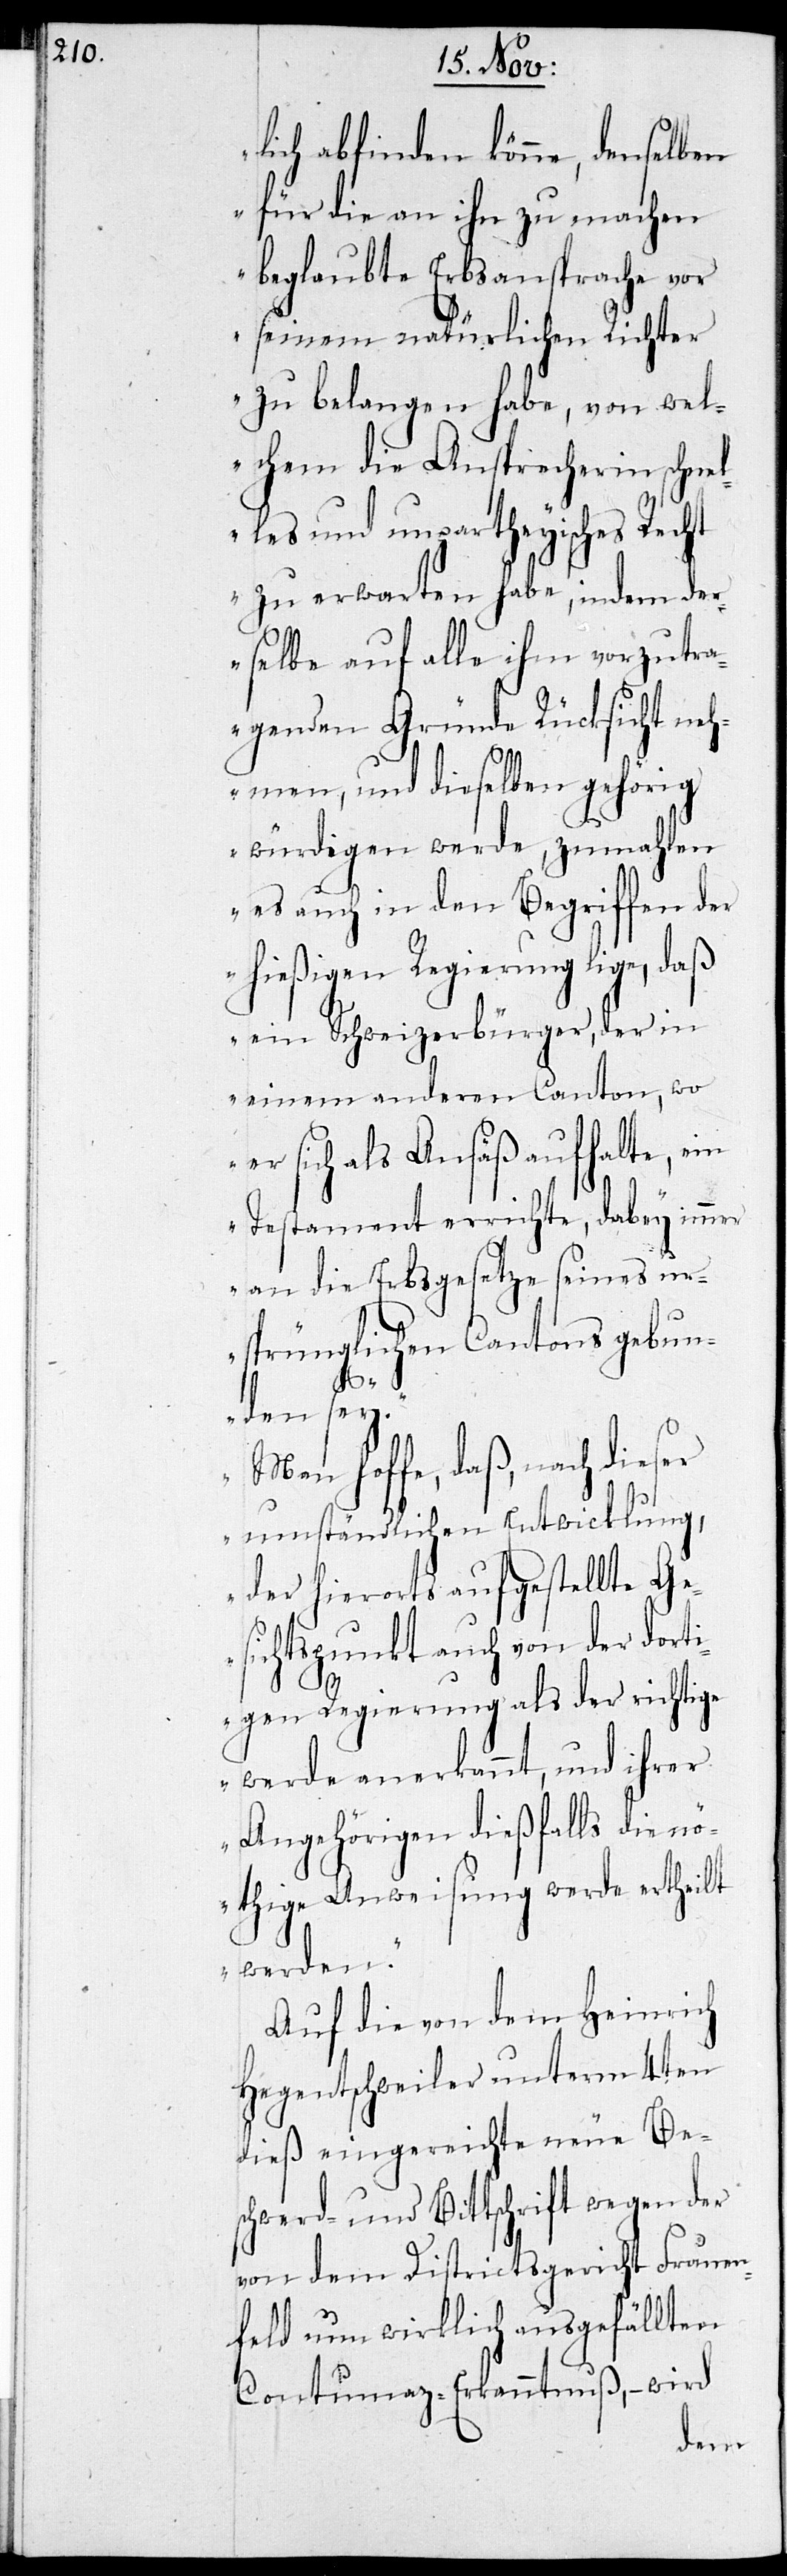
lich abfinden könne, denselben
für die an ihn zu machen
beglaubte Erbsansprache vor
seinem natürlichen Richter
zu belangen habe, von wel¬
chem die Ansprecherin schnel¬
les und unpartheyisches Recht
zu erwarten habe, indem der¬
selbe auf alle ihm vorzutra¬
genden Gründe Rücksicht neh¬
men, und dieselben gehörig
würdigen werde, zumahlen
es auch in den Begriffen der
hießigen Regierung lige, daß
ein Schweizerbürger, der in
einem anderen Canton, wo
er sich als Ansäß aufhalte, ein
Testament errichte, dabey immer
an die Erbsgesetze seines ur¬
sprünglichen Cantons gebun¬
den sey.
Man hoffe, daß, nach dieser
umständlichen Entwicklung
der hierorts aufgestellte Ge¬
sichtspunkt auch von der dorti¬
gen Regierung als der richtige
werde anerkannt, und ihrer
Angehörigen dießfalls die n¬
öthige Anweisung werde ertheilt
werden.“
Auf die von dem Heinrich
Hegentschweiler unterm 4ten
dieß eingereichte neue Be¬
schwerde und Bittschrift wegen der
von dem Districtsgericht Frauen¬
feld nun wirklich ausgefällten
Contumaz-Erkanntnuß, – wird